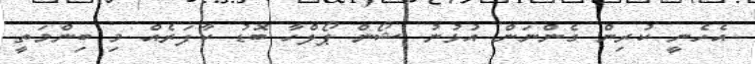
އެހެނީ ކުރިން ގެންނަން އުޅުނު ޝޯން ޕޯލްހާ ބޮޑު ކާފަރެއް މި ބިންމަތީ